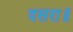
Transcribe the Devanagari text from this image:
दसरा॥